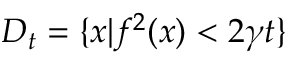
D _ { t } = \{ x | f ^ { 2 } ( x ) < 2 \gamma t \}